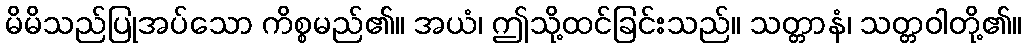
မိမိသည်ပြုအပ်သော ကိစ္စမည်၏။ အယံ၊ ဤသို့ထင်ခြင်းသည်။ သတ္တာနံ၊ သတ္တဝါတို့၏။